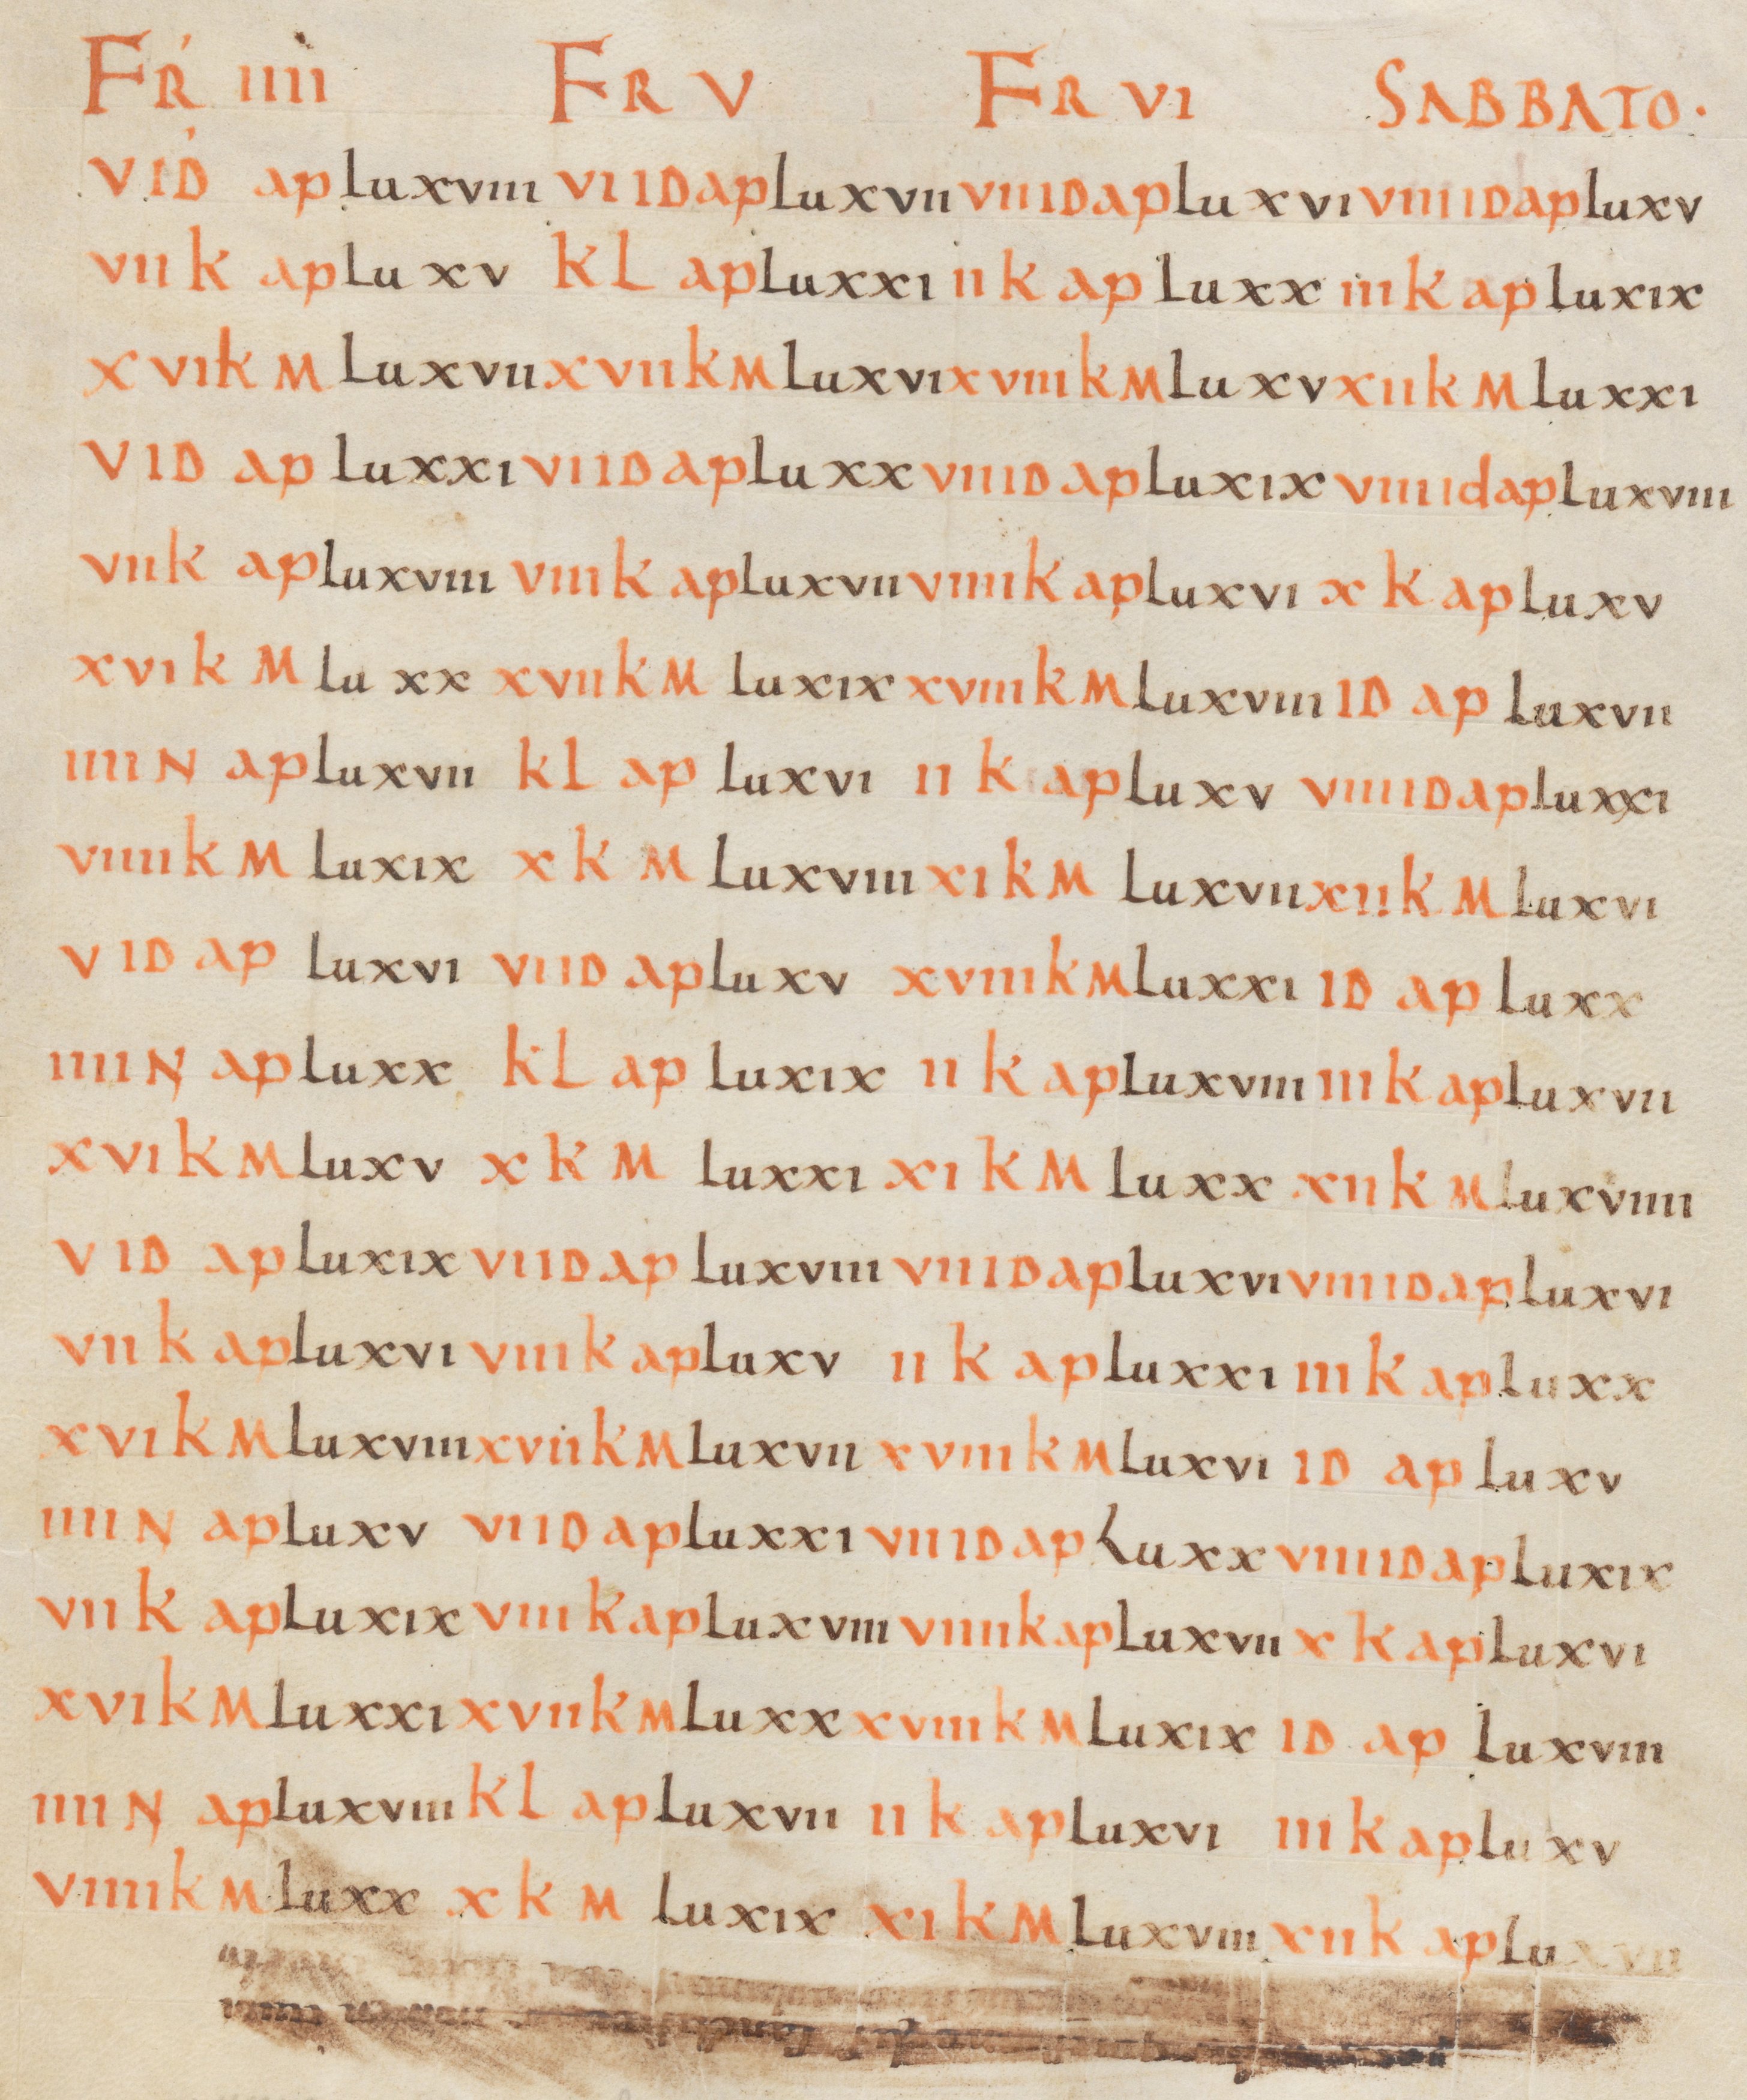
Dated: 800–1299